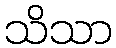
သိသာ